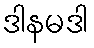
ဒါနမဒါ